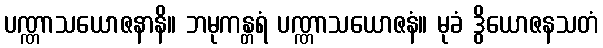
ပဏ္ဏာသယောဇနာနိ။ ဘမုကန္တရံ ပဏ္ဏာသယောဇနံ။ မုခံ ဒွိယောဇနသတံ